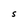
Character: S